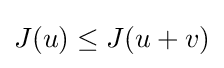
J(u)\leq J(u+v)